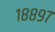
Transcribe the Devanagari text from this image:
१८८९७